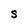
Character: S